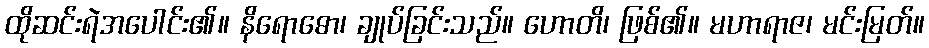
ထိုဆင်းရဲအပေါင်း၏။ နိရောဓော၊ ချုပ်ခြင်းသည်။ ဟောတိ၊ ဖြစ်၏။ မဟာရာဇ၊ မင်းမြတ်။